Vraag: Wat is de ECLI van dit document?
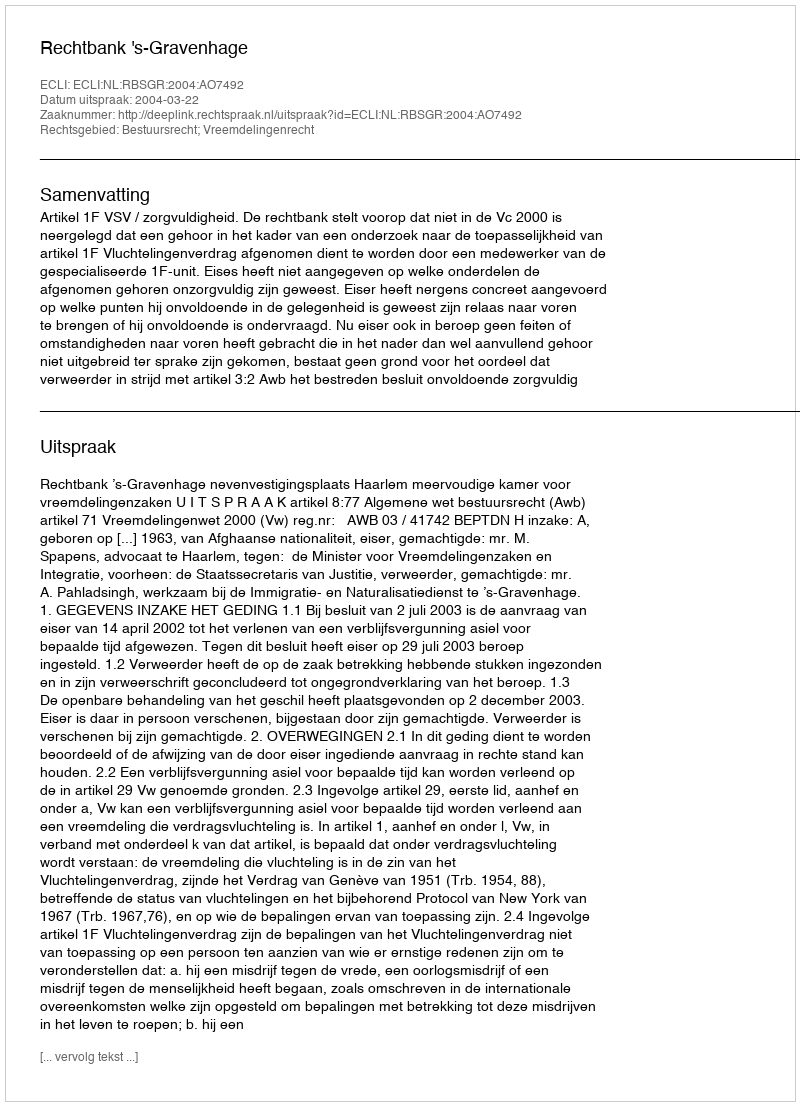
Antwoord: ECLI:NL:RBSGR:2004:AO7492